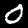
Label: 0